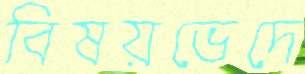
বিষয়ভেদে